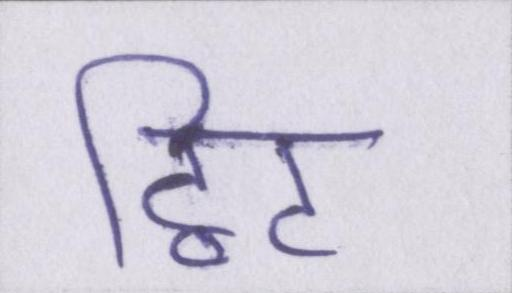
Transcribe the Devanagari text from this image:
ट्विट